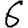
Digit: 6